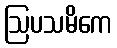
ဩပသမိကေ